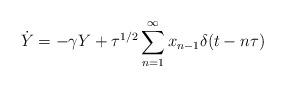
LaTeX: \begin{align*}\dot{Y}=-\gamma Y + \tau^{1/2}\sum_{n=1}^{\infty} x_{n-1}\delta(t-n\tau)\end{align*}